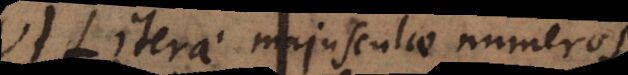
V. Literae majusculae numeros